Sketch of the medical history of the native army of Bombay, for the year
Year: 1872
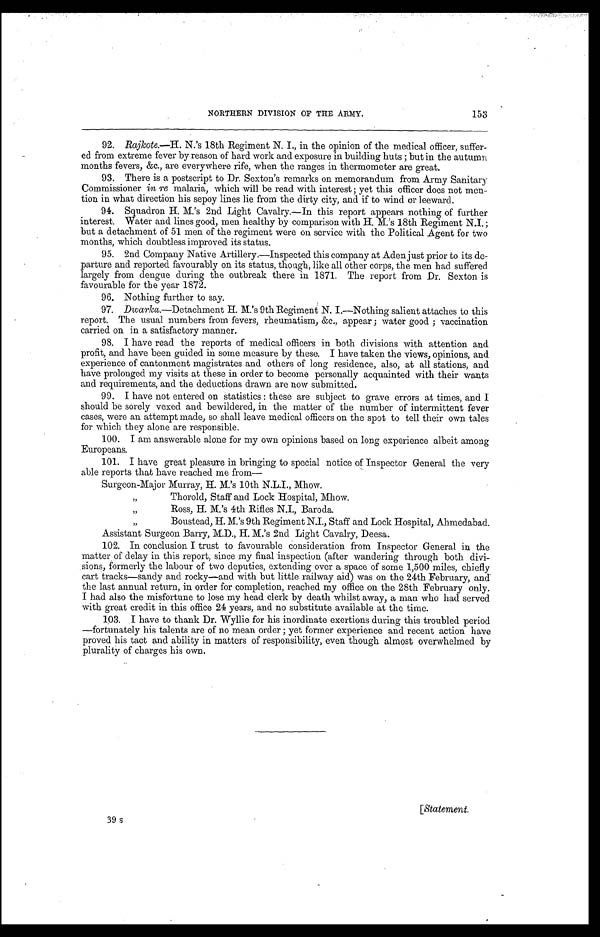
153
NORTHERN DIVISION OF THE ARMY.
92. Rajkote.—H. N.'s 18th Regiment N. I., in the opinion of the medical officer, suffer-
ed from extreme fever by reason of hard work and exposure in building huts; but in the autumn
months fevers, &c., are everywhere rife, when the ranges in thermometer are great.
93. There is a postscript to Dr. Sexton's remarks on memorandum from Army Sanitary
Commissioner in re malaria, which will be read with interest; yet this officer does not men-
tion in what direction his sepoy lines lie from the dirty city, and if to wind or leeward.
94. Squadron H. M.'s 2nd Light Cavalry.—In this report appears nothing of further
interest. Water and lines good, men healthy by comparison with H. M.'s 18th Regiment N.I.;
but a detachment of 51 men of the regiment were on service with the Political Agent for two
months, which doubtless improved its status.
95. 2nd Company Native Artillery.—Inspected this company at Aden just prior to its de-
parture and reported favourably on its status, though, like all other corps, the men had suffered
largely from dengue during the outbreak there in 1871. The report from Dr. Sexton is
favourable for the year 1872.
96. Nothing further to say.
97. Dwarka.—Detachment H. M.'s 9th Regiment N. I.—Nothing salient attaches to this
report. The usual numbers from fevers, rheumatism, &c., appear; water good; vaccination
carried on in a satisfactory manner.
98. I have read the reports of medical officers in both divisions with attention and
profit, and have been guided in some measure by these. I have taken the views, opinions, and
experience of cantonment magistrates and others of long residence, also, at all stations, and
have prolonged my visits at these in order to become personally acquainted with their wants
and requirements, and the deductions drawn are now submitted.
99. I have not entered on statistics: these are subject to grave errors at times, and I
should be sorely vexed and bewildered, in the matter of the number of intermittent fever
cases, were an attempt made, so shall leave medical officers on the spot to tell their own tales
for which they alone are responsible.
100. I am answerable alone for my own opinions based on long experience albeit among
Europeans.
101. I have great pleasure in bringing to special notice of Inspector General the very
able reports that have reached me from—
Surgeon-Major Murray, H. M.'s 10th N.L.I., Mhow.
"
Thorold, Staff and Lock Hospital, Mhow.
"
Ross, H. M's 4th Rifles N.I., Baroda.
"
Boustead, H. M.'s 9th Regiment N.I., Staff and Lock Hospital, Ahmedabad.
Assistant Surgeon Barry, M.D., H. M.'s 2nd Light Cavalry, Deesa.
102. In conclusion I trust to favourable consideration from Inspector General in the
matter of delay in this report, since my final inspection (after wandering through both divi-
sions, formerly the labour of two deputies, extending over a space of some 1,500 miles, chiefly
cart tracks—sandy and rocky—and with but little railway aid) was on the 24th February, and.
the last annual return, in order for completion, reached my office on the 28th February only. I
had also the misfortune to lose my head clerk by death whilst away, a man who had served
with great credit in this office 24 years, and no substitute available at the time.
103. I have to thank Dr. Wyllie for his inordinate exertions d u r i n g t h i s t r o u b l e d p e r i o d
—fortunately his talents are of no mean order; yet former experience and recent action have
proved his tact and ability in matters of responsibility, even though almost overwhelmed by
plurality of charges his own.